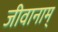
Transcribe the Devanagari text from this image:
जीवानाम्‌